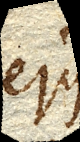
ejus